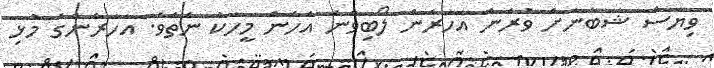
ވިޔަސް ޝަބާނަށް ވުރެން އަހަރެން ލޯބިވާނެ އެހެން މީހަކު ނެތެވެ. އަހަރެންގެ މުޅި